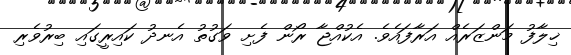
ޚިލާފު މަންޒަރެއް އަރާފައެވެ. އެކުއްޖާ ރޯން ފެށި ވަގުތު އެނދު ކައިރީގައި ބިރުވެރި